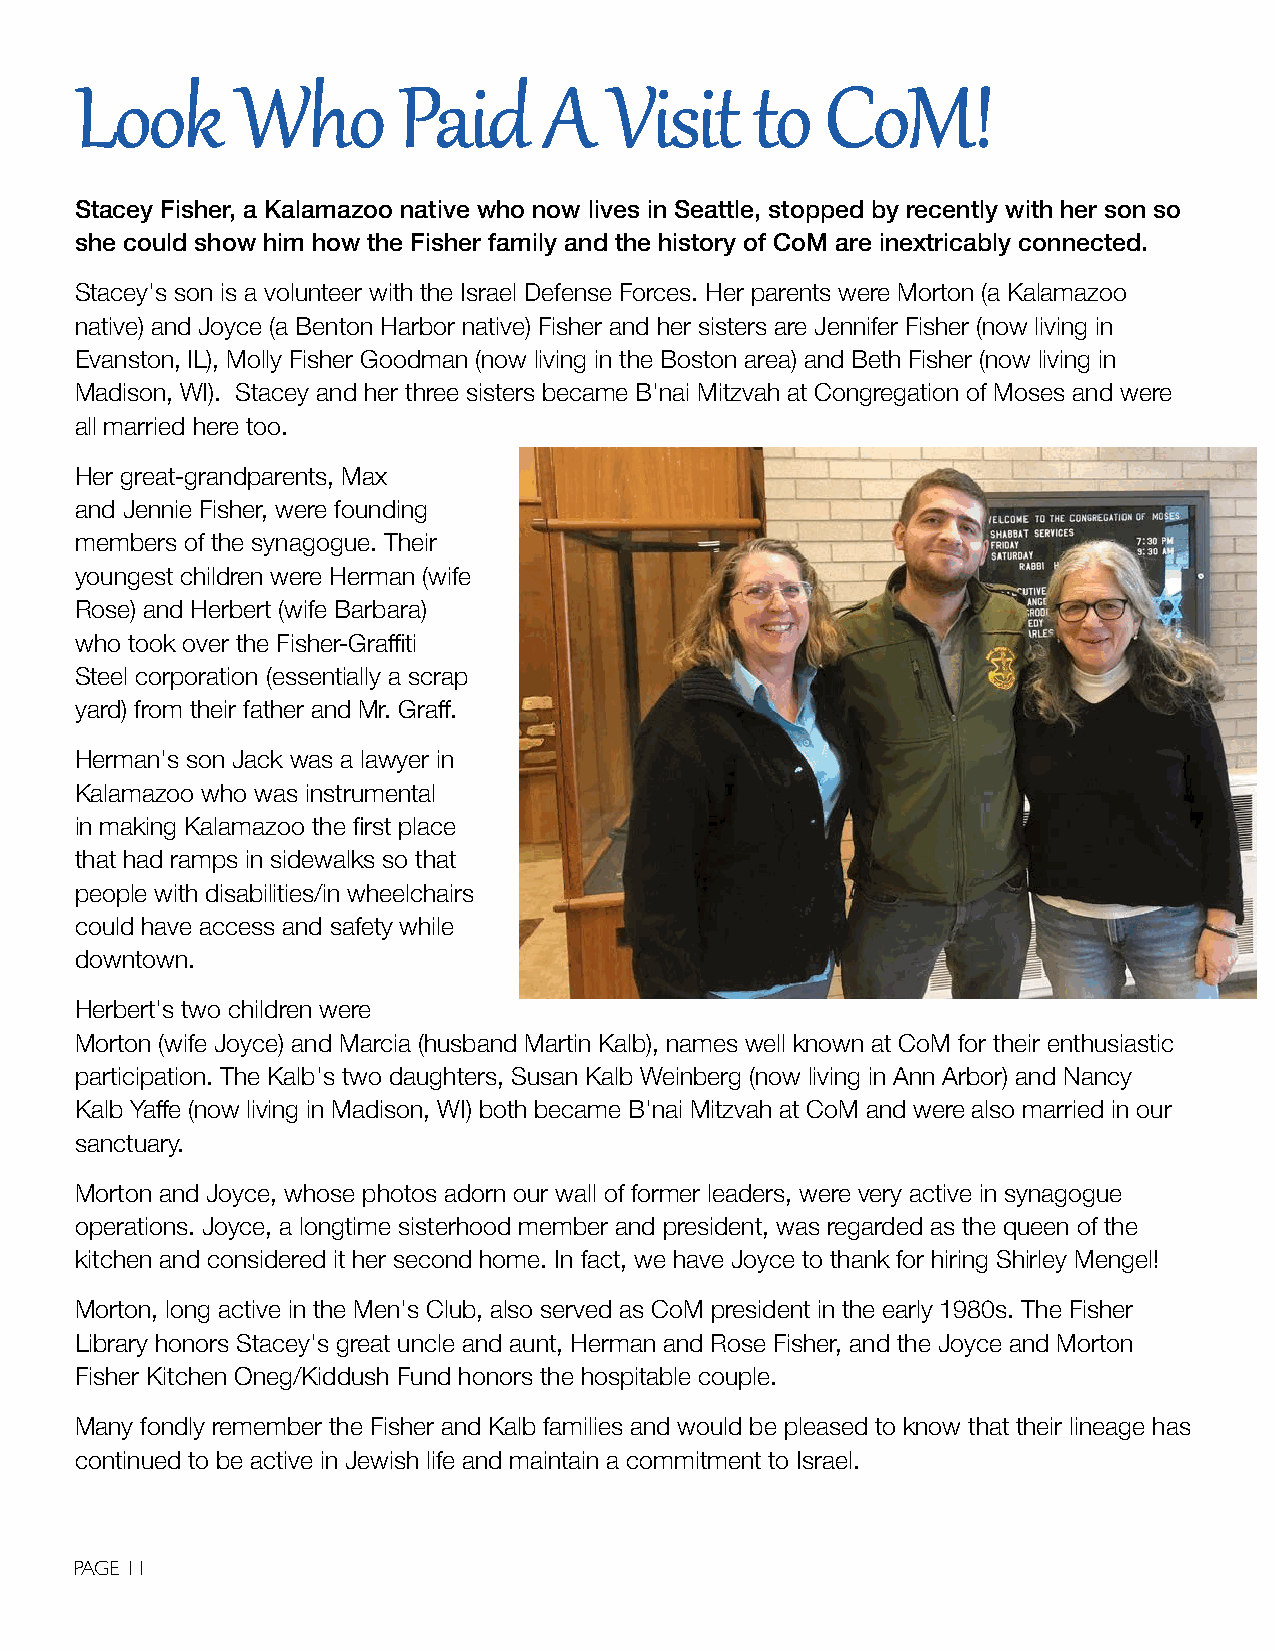
LLooookk   WWhhoo    PPaaiidd  AA  VViissiitt ttoo CCooMM!!
 Stacey Fisher, a Kalamazoo native who now lives in Seattle, stopped by recently with her son so
 she could show him how the Fisher family and the history of CoM are inextricably connected.
 Stacey's son is a volunteer with the Israel Defense Forces. Her parents were Morton (a Kalamazoo
 native) and Joyce (a Benton Harbor native) Fisher and her sisters are Jennifer Fisher (now living in
 Evanston, IL), Molly Fisher Goodman (now living in the Boston area) and Beth Fisher (now living in
 Madison, WI). Stacey and her three sisters became B'nai Mitzvah at Congregation of Moses and were
 all married here too.
 Her great-grandparents, Max
 and Jennie Fisher, were founding
 members of the synagogue. Their
 youngest children were Herman (wife
 Rose) and Herbert (wife Barbara)
 who took over the Fisher-Graffiti
 Steel corporation (essentially a scrap
 yard) from their father and Mr. Graff.
 Herman's son Jack was a lawyer in
 Kalamazoo who was instrumental
 in making Kalamazoo the first place
 that had ramps in sidewalks so that
 people with disabilities/in wheelchairs
 could have access and safety while
 downtown.
 Herbert's two children were
 Morton (wife Joyce) and Marcia (husband Martin Kalb), names well known at CoM for their enthusiastic
 participation. The Kalb's two daughters, Susan Kalb Weinberg (now living in Ann Arbor) and Nancy
 Kalb Yaffe (now living in Madison, WI) both became B'nai Mitzvah at CoM and were also married in our
 sanctuary.
 Morton and Joyce, whose photos adorn our wall of former leaders, were very active in synagogue
 operations. Joyce, a longtime sisterhood member and president, was regarded as the queen of the
 kitchen and considered it her second home. In fact, we have Joyce to thank for hiring Shirley Mengel!
 Morton, long active in the Men's Club, also served as CoM president in the early 1980s. The Fisher
 Library honors Stacey's great uncle and aunt, Herman and Rose Fisher, and the Joyce and Morton
 Fisher Kitchen Oneg/Kiddush Fund honors the hospitable couple.
 Many fondly remember the Fisher and Kalb families and would be pleased to know that their lineage has
 continued to be active in Jewish life and maintain a commitment to Israel.
 PAGE 11